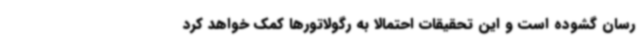
رسان گشوده است و این تحقیقات احتمالا به رگولاتورها کمک خواهد کرد